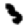
Digit: 3